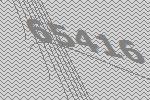
65416